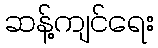
ဆန့်ကျင်ရေး